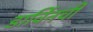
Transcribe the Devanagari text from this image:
डार्विनची